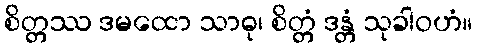
စိတ္တဿ ဒမထော သာဓု၊ စိတ္တံ ဒန္တံ သုခါဝဟံ။